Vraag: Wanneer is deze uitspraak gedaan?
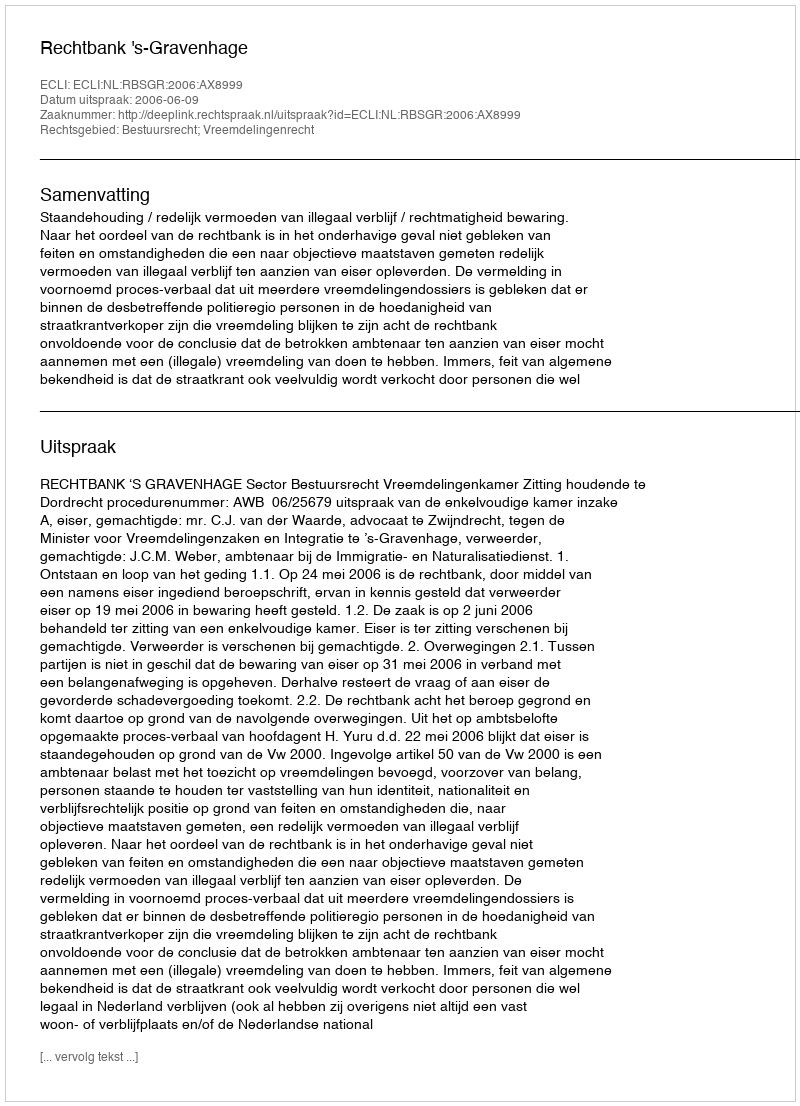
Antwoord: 2006-06-09